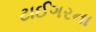
ટાઈગરના